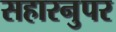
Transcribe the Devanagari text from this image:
सहारनुपर